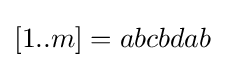
[1..m]=abcbdab